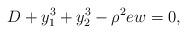
LaTeX: \begin{align*}D+y_1^3+y_2^3-\rho^2 e w=0,\end{align*}